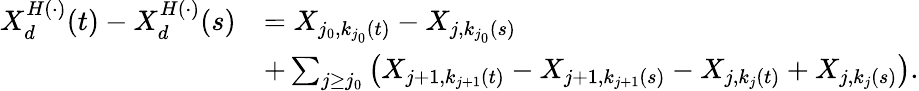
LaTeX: \begin{array}{rl}{X_{d}^{H(\cdot)}(t)-X_{d}^{H(\cdot)}(s)}&{=X_{j_{0},k_{j_{0}}(t)}-X_{j,k_{j_{0}}(s)}}\\ &{+\sum_{j\geq j_{0}}\left(X_{j+1,k_{j+1}(t)}-X_{j+1,k_{j+1}(s)}-X_{j,k_{j}(t)}+X_{j,k_{j}(s)}\right).}\end{array}